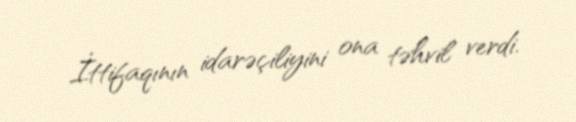
İttifaqının idarəçiliyini ona təhvil verdi.